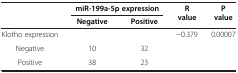
<table><thead><tr><td><b> </b></td><td colspan="2"><b>miR-199a-5p expression</b></td><td><b>R value</b></td><td><b>P value</b></td></tr><tr><td><b> </b></td><td><b>Negative</b></td><td><b>Positive</b></td><td><b> </b></td><td><b> </b></td></tr></thead><tbody><tr><td>Klotho expression</td><td> </td><td> </td><td>−0.379</td><td>0.00007</td></tr><tr><td>Negative</td><td>10</td><td>32</td><td> </td><td> </td></tr><tr><td>Positive</td><td>38</td><td>23</td><td> </td><td> </td></tr></tbody></table>